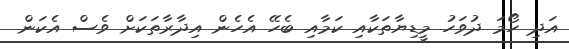
އަދި ހޯމަ ދުވަހު މީޑިޔާތަކާއި ކަމާއި ބެހޭ އެހެން އިދާރާތަކަށް ވެސް އެކަން